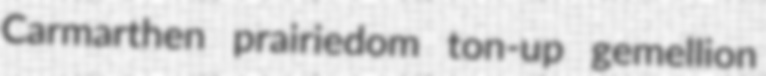
Carmarthen prairiedom ton-up gemellion